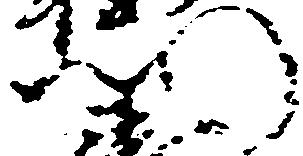
門